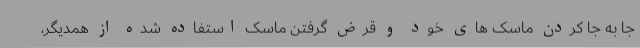
جا به جا کردن ماسک های خود و قرض گرفتن ماسک استفاده شده از همدیگر،